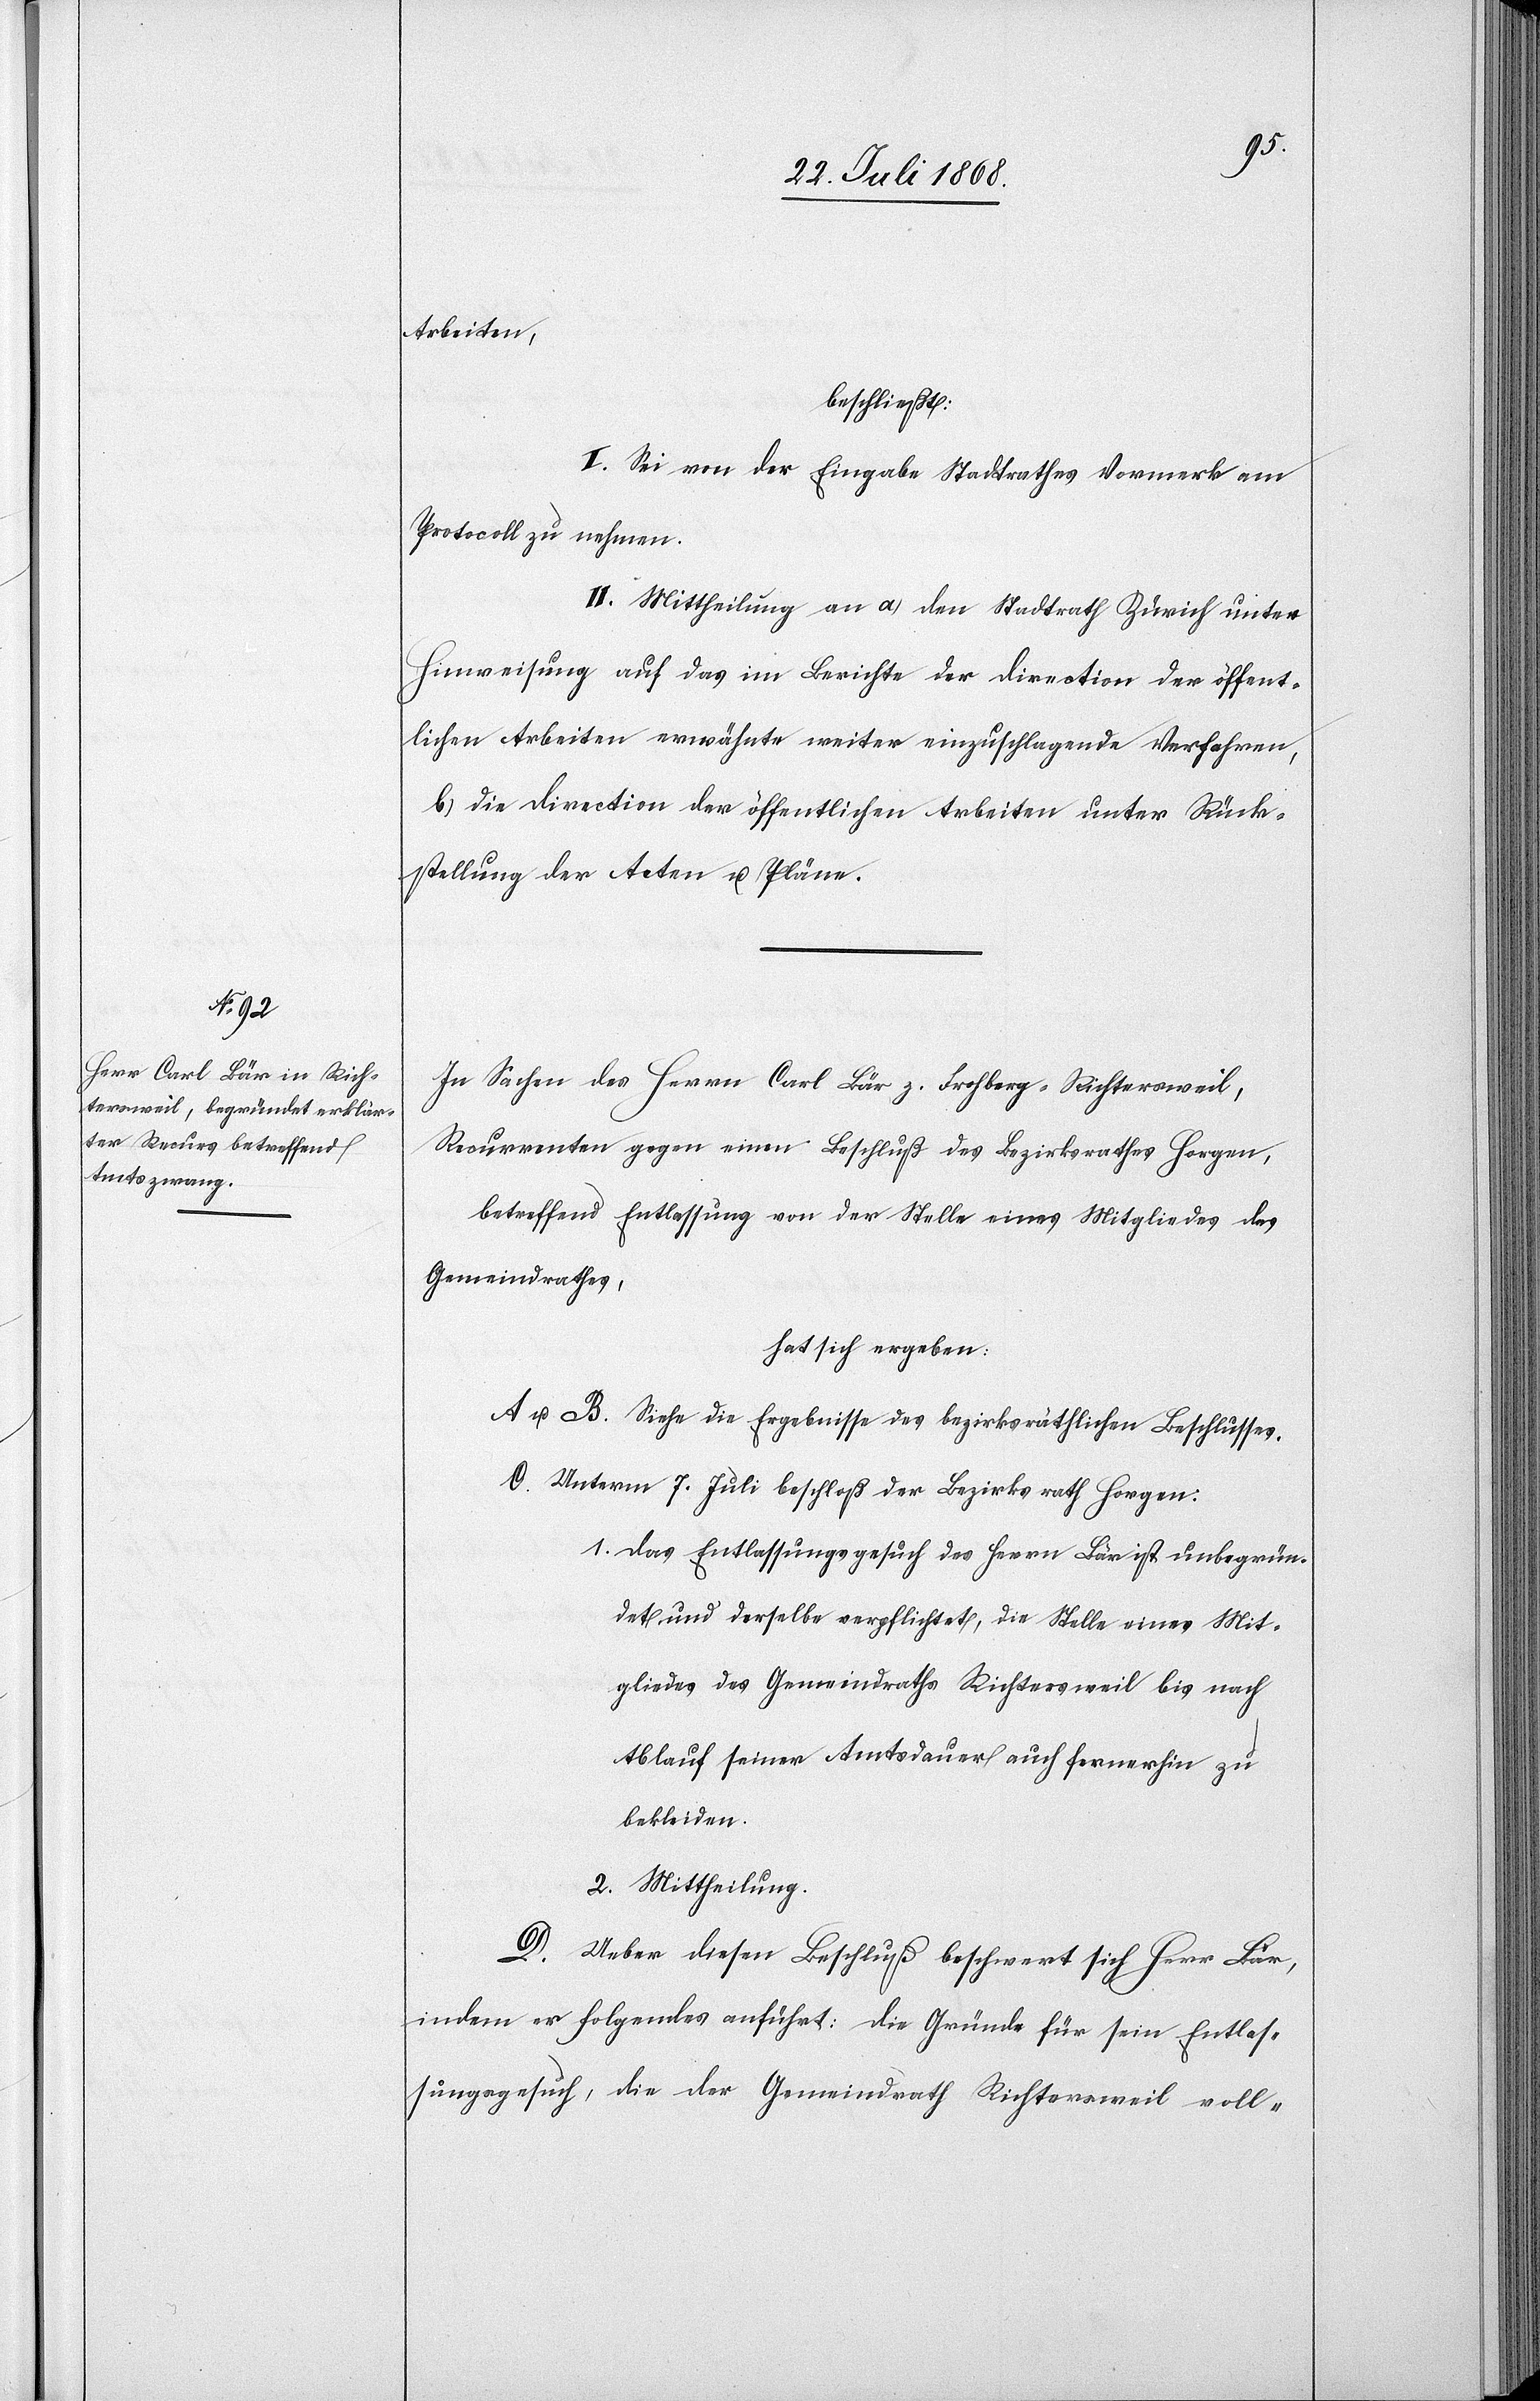
1.
Arbeiten,
beschließt:
I. Sei von der Eingabe [des] Stadtrathes Vormerk am
Protocoll zu nehmen.
II. Mittheilung an a) den Stadtrath Zürich unter
Hinweisung auf das im Berichte der Direction der öffent¬
lichen Arbeiten erwähnte weiter einzuschlagende Verfahren,
b) die Direction der öffentlichen Arbeiten unter Rück¬
stellung der Acten u. Pläne.
In Sachen des Herrn Carl Bär z. Frohberg - Richtersweil,
Recurrenten gegen einen Beschluß des Bezirksrathes Horgen,
betreffend Entlassung von der Stelle eines Mitgliedes des
Gemeindrathes,
hat sich ergeben:
A u. B. Siehe die Ergebnisse des bezirksräthlichen Beschlusses.
C. Unterm 7. Juli beschloß der Bezirksrath Horgen:
Das Entlassungsgesuch des Herrn Bär ist unbegrün¬
det und derselbe verpflichtet, die Stelle eines Mit¬
gliedes des Gemeindraths Richtersweil bis nach
Ablauf seiner Amtsdauer auch fernerhin zu
bekleiden.
Mittheilung.
D.
Ueber diesen Beschluß beschwert sich Herr Bär,
indem er folgendes anführt: Die Gründe für sein Entlas¬
sungsgesuch, die der Gemeindrath Richtersweil voll-